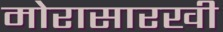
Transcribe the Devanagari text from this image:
मोरासारखी